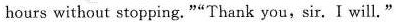
hours without stopping. "“Thank you,sir. I will."